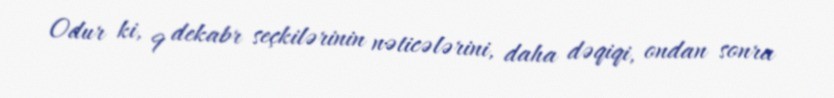
Odur ki, 9 dekabr seçkilərinin nəticələrini, daha dəqiqi, ondan sonra